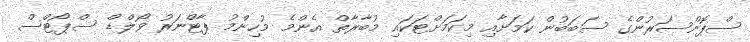
ސްޕޮންސަރުންގެ ސަބަބުން ކަމަށާއި މިކަމަށްޓަކައި މުބާރާތް އެންމެ މުހިންމު ޕާޓްނަރު ވޯލްޑް ސްޕޯޓްސް